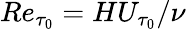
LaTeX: Re_{\tau_{0}}=HU_{\tau_{0}}/\nu